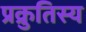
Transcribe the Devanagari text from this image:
प्रक्रुतिस्य